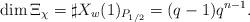
LaTeX: \begin{align*} \dim \Xi_{\chi} = \sharp X_w(1)_{P_{1/2}} = (q-1)q^{n-1}. \end{align*}